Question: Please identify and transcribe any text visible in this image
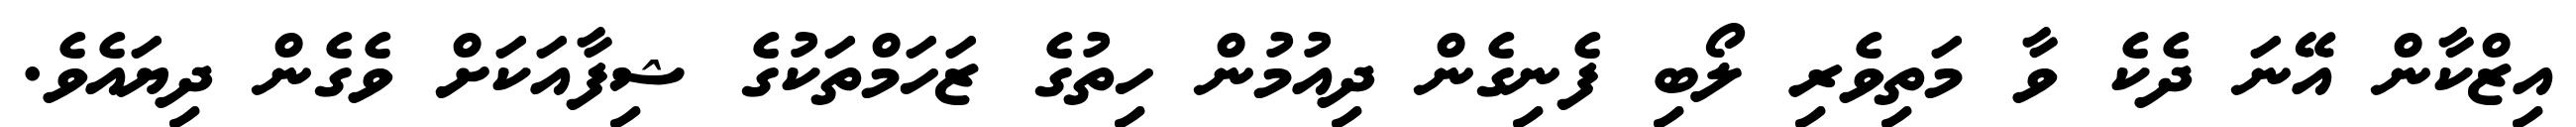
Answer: އިޒްކާން އޭނަ ދެކެ ވާ މަތިވެރި ލޯބި ފެނިގެން ދިއުމުން ހިތުގެ ޒަހަމްތަކުގެ ޝިފާއަކަށް ވެގެން ދިޔައެވެ.